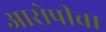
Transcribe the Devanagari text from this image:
आरोपीचा